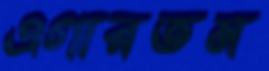
এগারতম